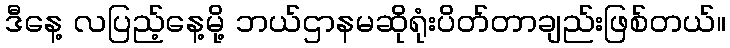
ဒီနေ့ လပြည့်နေ့မို့ ဘယ်ဌာနမဆိုရုံးပိတ်တာချည်းဖြစ်တယ်။